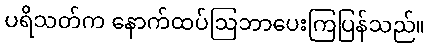
ပရိသတ်က နောက်ထပ်ဩဘာပေးကြပြန်သည်။